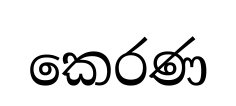
කෙරණ